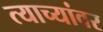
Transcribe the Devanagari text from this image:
त्याच्यांवर